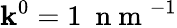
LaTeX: \mathbf{k}^{0}=1~\mathrm{{~n~m~}}^{-1}